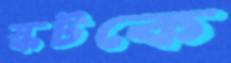
স্কটকে